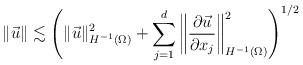
LaTeX: \begin{align*}\|\vec{u}\| \lesssim\left(\|\vec{u}\|_{H^{-1}(\Omega)}^2 + \sum_{j=1}^d\left\|\frac{\partial \vec{u}}{\partial x_j}\right\|_{H^{-1}(\Omega)}^2 \right)^{1/2}\end{align*}